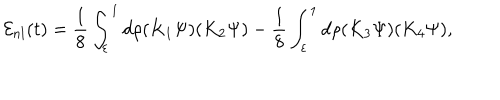
LaTeX: { \cal E } _ { n l } ( t ) = \frac { 1 } { 8 } \int _ { \varepsilon } ^ { 1 } d \rho ( K _ { 1 } \Psi ) ( K _ { 2 } \Psi ) - \frac { 1 } { 8 } \int _ { \varepsilon } ^ { 1 } d \rho ( K _ { 3 } \Psi ) ( K _ { 4 } \Psi ) ,